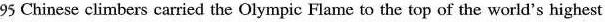
95 Chinese climbers carried the Olympic Flame to the top of the world's highest